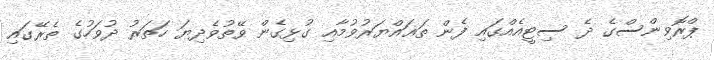
ޕްރޮވިންސްގެ ދެ ސިޓީއެއްގައި ފެން ތަޣައްޔަރުވުމާއި ގުޅިގެން ވޭތުވެދިޔަ ހަތަރު ދުވަހުގެ ތެރޭގައި